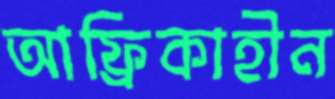
আফ্রিকাহীন